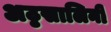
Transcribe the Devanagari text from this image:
अठ्ठसालिनी